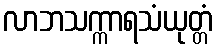
လာဘသက္ကာရသံယုတ္တံ